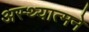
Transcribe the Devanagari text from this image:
अस्थ्यात्मने